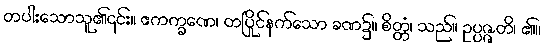
တပါးသောသူ၏၎င်း။ ဧကက္ခဏေ၊ တပြိုင်နက်သော ခဏ၌။ စိတ္တံ၊ သည်။ ဥပ္ပဇ္ဇတိ၊ ၏။